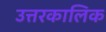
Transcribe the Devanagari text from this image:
उत्तरकालिक